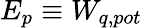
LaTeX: E_{p}\equiv W_{q,pot}